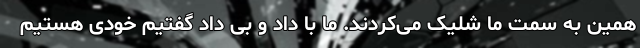
همین به سمت ما شلیک می‌کردند. ما با داد و بی داد گفتیم خودی هستیم